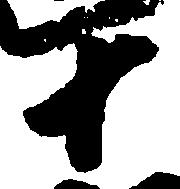
十